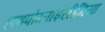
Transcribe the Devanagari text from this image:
हाइपोग्लाईसीमिया